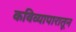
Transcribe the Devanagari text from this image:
कविव्यापारातून